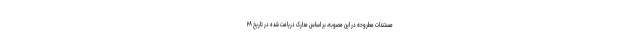
مستندات مطروحه در این مصوبه، بر اساس مدارک دریافت شده در تاریخ ۲۸